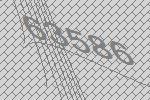
63586